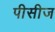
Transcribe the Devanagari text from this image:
पीसीज